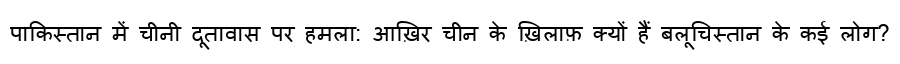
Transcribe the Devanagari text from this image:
पाकिस्तान में चीनी दूतावास पर हमला: आख़िर चीन के ख़िलाफ़ क्यों हैं बलूचिस्तान के कई लोग?